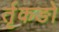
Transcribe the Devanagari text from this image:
र्तृकङो